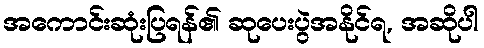
အကောင်းဆုံးပြရန်၏ ဆုပေးပွဲအနိုင်ရ, အဆိုပါ